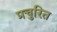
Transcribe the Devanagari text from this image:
प्रचुरित